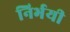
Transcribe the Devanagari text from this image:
निर्भयी